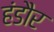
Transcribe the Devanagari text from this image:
हंडौर